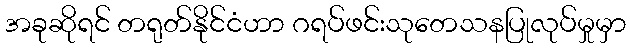
အခုဆိုရင် တရုတ်နိုင်ငံဟာ ဂရပ်ဖင်းသုတေသနပြုလုပ်မှုမှာ